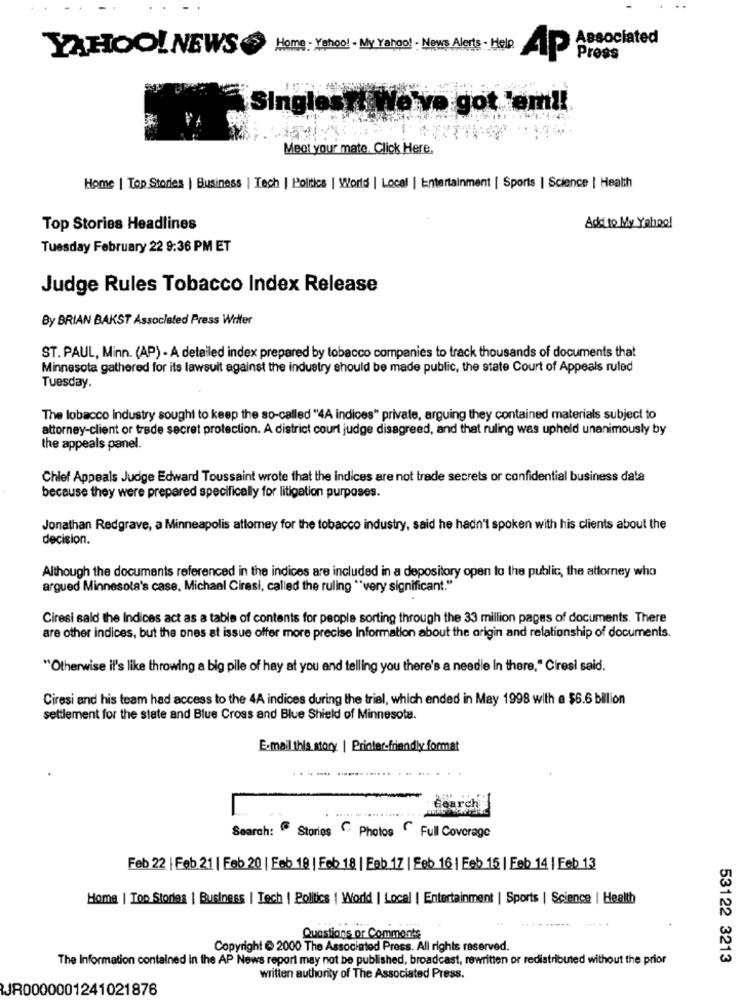
Associated
YAHOO! NEWS
Home - Yahoo! . My Yahoo! - News Alerts - Help.
4p
Press
Singles ri We've got 'em !!
Meot your mate. Click Here,
Home | Top Stories | Business | Tech | Politics | World | Local | Entertainment | Sports | Science | Health
Top Stories Headlines
Add to My Yahoo!
Tuesday February 22 9:36 PM ET
Judge Rules Tobacco Index Release
By BRIAN BAKST Associated Press Writer
ST. PAUL, Minn. (AP) - A detailed index prepared by tobacco companies to track thousands of documents that
Minnesota gathered for its lawsuit against the industry should be made public, the state Court of Appeals ruled
Tuesday
The tobacco industry sought to keep the so-called "4A indices" private, arguing they contained materials subject to
attorney-client or trade secret protection. A district court judge disagreed, and that ruling was upheld unanimously by
the appeals panel.
Chief Appeals Judge Edward Toussaint wrote that the indices are not trade secrets or confidential business data
because they were prepared specifically for litigation purposes.
Jonathan Redgrave, a Minneapolis attomey for the tobacco industry, said he hadn't spoken with his clients about the
decision.
Although the documents referenced in the indices are included in a depository open to the public, the attorney who
argued Minnesota's case, Michael Ciresi, called the ruling ** very significant."
Ciresi said the Indices act as a table of contents for people sorting through the 33 million pages of documents. There
are other indices, but the ones at issue offer more precise information about the origin and relationship of documents.
"Otherwise il's like throwing a big pile of hay at you and telling you there's a needle In there," Ciresi said.
Ciresi and his team had access to the 4A indices during the trial, which ended in May 1998 with a $6.6 billion
settlement for the state and Blue Cross and Blue Shield of Minnesota.
E-mail this story | Printer-friendly format
- ------
irch
Search: Stories C Photos Full Coverage
Feb 22 | Feb 21 | Feb 20 | Feb 18 | Feb 18 | Feb 17 | Feb 16| Feb 15 | Feb 14 | Feb 13
Home | Top Stories | Business | Tech | Politics | World | Local | Entertainment | Sports | Science | Health
....
Questions or Comments
Copyright @ 2000 The Associated Press. All rights reserved.
The Information contained in the AP News report may not be published, broadcast, rewritten or redistributed without the prior
53122 3213
written authority of The Associated Press.
JR0000001241021876